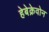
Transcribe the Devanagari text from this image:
हेबेक्रेवोन